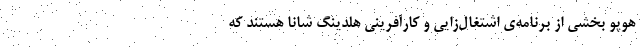
هوپو بخشی از برنامه‌ی اشتغال‌زایی و کارآفرینی هلدینگ شانا هستند که